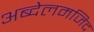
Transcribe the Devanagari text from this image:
अब्देलमजिद